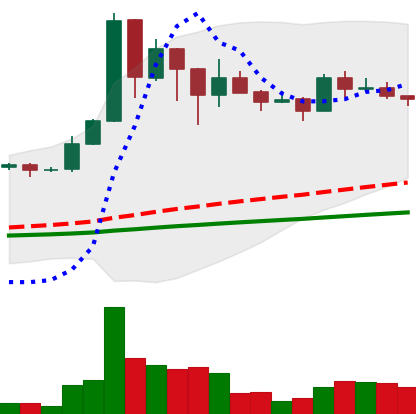
Ticker: BNB-USD
Chart end date: 2021-03-05
Forward return: 23.406%
Label: up_7plus